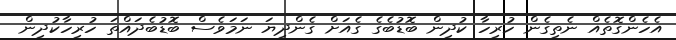
އެހެންގޮތެއް ނެތިގެން ހުރިހާ ކުދިން ބޮޑުބެގެ ގެއަށް ގެންދިޔަ ނަމަވެސް ބޮޑުބެދައްތަ ހުރިހާކުދިން